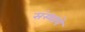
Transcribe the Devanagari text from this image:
संस्थाये